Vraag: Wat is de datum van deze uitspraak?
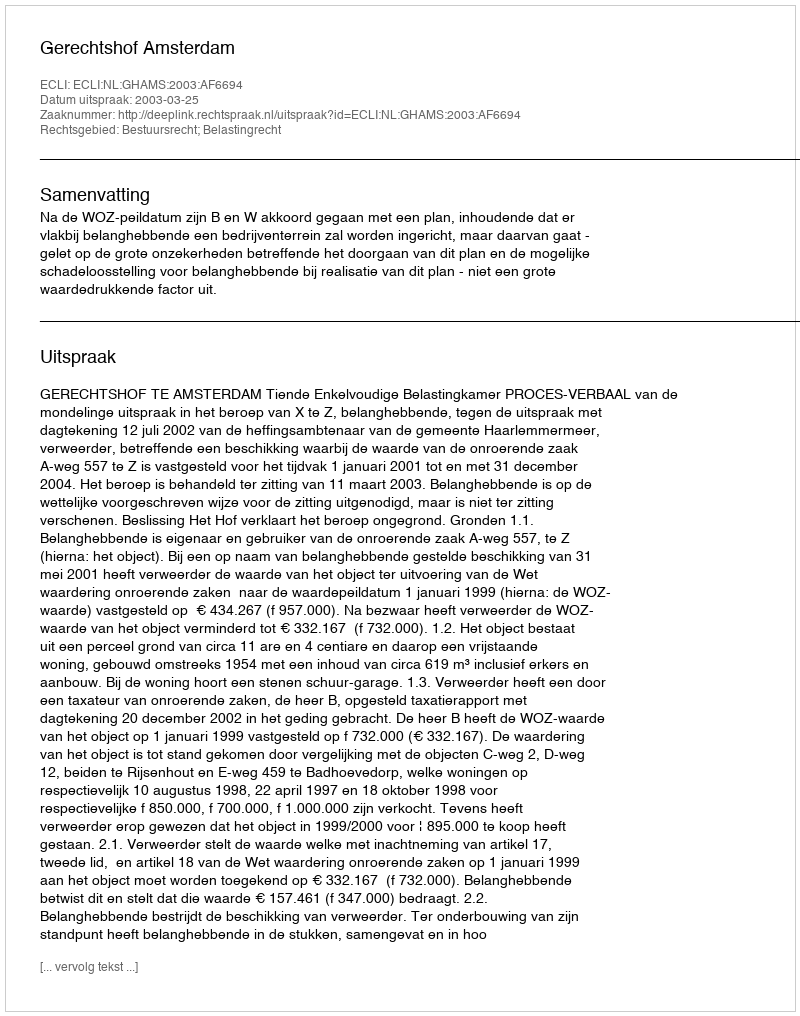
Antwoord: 2003-03-25